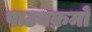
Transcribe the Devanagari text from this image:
पाठ्यक्रमोँ